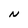
Character: N